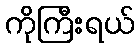
ကိုကြီးရယ်